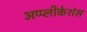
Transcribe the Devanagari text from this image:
अप्प्लीकेशंस